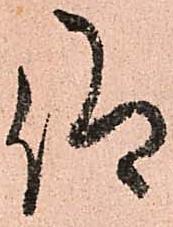
仰